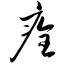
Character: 痊